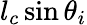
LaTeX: l_{c}\sin\theta_{i}